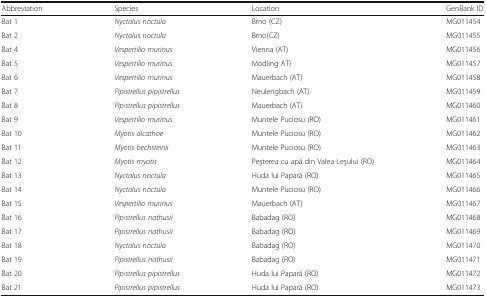
<table><thead><tr><td><b>Abbreviation</b></td><td><b>Species</b></td><td><b>Location</b></td><td><b>GenBank ID</b></td></tr></thead><tbody><tr><td>Bat 1</td><td><i>Nyctalus noctula</i></td><td>Brno (CZ)</td><td>MG011454</td></tr><tr><td>Bat 2</td><td><i>Nyctalus noctula</i></td><td>Brno(CZ)</td><td>MG011455</td></tr><tr><td>Bat 4</td><td><i>Vespertilio murinus</i></td><td>Vienna (AT)</td><td>MG011456</td></tr><tr><td>Bat 5</td><td><i>Vespertilio murinus</i></td><td>Mödling AT)</td><td>MG011457</td></tr><tr><td>Bat 6</td><td><i>Vespertilio murinus</i></td><td>Mauerbach (AT)</td><td>MG011458</td></tr><tr><td>Bat 7</td><td><i>Pipistrellus pipistrellus</i></td><td>Neulengbach (AT)</td><td>MG011459</td></tr><tr><td>Bat 8</td><td><i>Pipistrellus pipistrellus</i></td><td>Mauerbach (AT)</td><td>MG011460</td></tr><tr><td>Bat 9</td><td><i>Vespertilio murinus</i></td><td>Muntele Puciosu (RO)</td><td>MG011461</td></tr><tr><td>Bat 10</td><td><i>Myotis alcathoe</i></td><td>Muntele Puciosu (RO)</td><td>MG011462</td></tr><tr><td>Bat 11</td><td><i>Myotis bechsteinii</i></td><td>Muntele Puciosu (RO)</td><td>MG011463</td></tr><tr><td>Bat 12</td><td><i>Myotis myotis</i></td><td>Peşterea cu apă din Valea Leşului (RO)</td><td>MG011464</td></tr><tr><td>Bat 13</td><td><i>Nyctalus noctula</i></td><td>Huda lui Papară (RO)</td><td>MG011465</td></tr><tr><td>Bat 14</td><td><i>Nyctalus noctula</i></td><td>Muntele Puciosu (RO)</td><td>MG011466</td></tr><tr><td>Bat 15</td><td><i>Vespertilio murinus</i></td><td>Mauerbach (AT)</td><td>MG011467</td></tr><tr><td>Bat 16</td><td><i>Pipistrellus nathusii</i></td><td>Babadag (RO)</td><td>MG011468</td></tr><tr><td>Bat 17</td><td><i>Pipistrellus nathusii</i></td><td>Babadag (RO)</td><td>MG011469</td></tr><tr><td>Bat 18</td><td><i>Nyctalus noctula</i></td><td>Babadag (RO)</td><td>MG011470</td></tr><tr><td>Bat 19</td><td><i>Pipistrellus nathusii</i></td><td>Babadag (RO)</td><td>MG011471</td></tr><tr><td>Bat 20</td><td><i>Pipistrellus pipistrellus</i></td><td>Huda lui Papară (RO)</td><td>MG011472</td></tr><tr><td>Bat 21</td><td><i>Pipistrellus pipistrellus</i></td><td>Huda lui Papară (RO)</td><td>MG011473</td></tr></tbody></table>